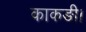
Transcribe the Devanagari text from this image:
काकङी।